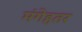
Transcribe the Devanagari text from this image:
मंगेहतर